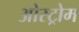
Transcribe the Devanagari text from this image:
ओस्ट्रोम